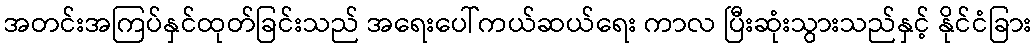
အတင်းအကြပ်နှင်ထုတ်ခြင်းသည် အရေးပေါ်ကယ်ဆယ်ရေး ကာလ ပြီးဆုံးသွားသည်နှင့် နိုင်ငံခြား